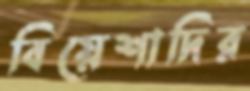
বিয়েশাদির